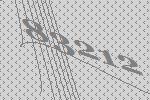
83212